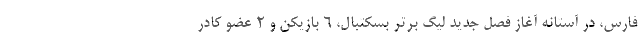
فارس، در آستانه آغاز فصل جدید لیگ برتر بسکتبال، ۶ بازیکن و ۲ عضو کادر